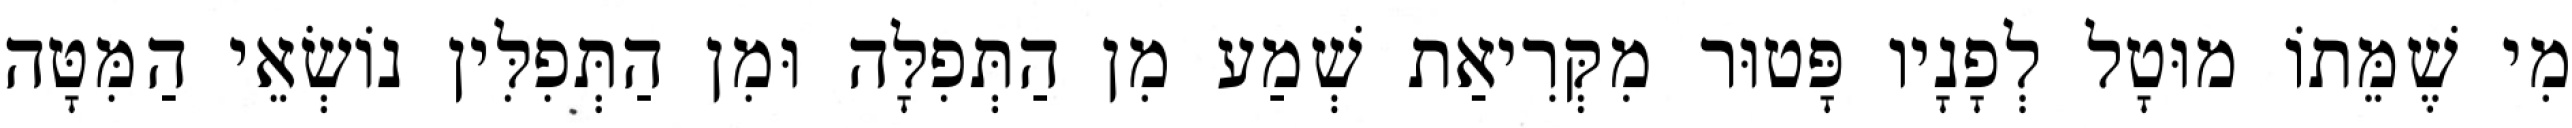
מִי שֶׁמֵּתוֹ מוּטָל לְפָנָיו פָּטוּר מִקְּרִיאַת שְׁמַע מִן הַתְּפִלָּה וּמִן הַתְּפִלִּין נוֹשְׂאֵי הַמִּטָּה